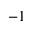
^ { - 1 }